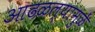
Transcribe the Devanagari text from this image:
आढळल्यामुळें